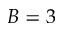
B = 3